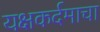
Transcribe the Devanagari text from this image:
यक्षकर्दमाचा